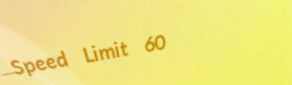
Speed Limit 60